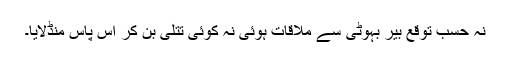
نہ حسبِ توقع بیر بہوٹی سے ملاقات ہوئی نہ کوئی تتلی بن کر آس پاس منڈلایا۔